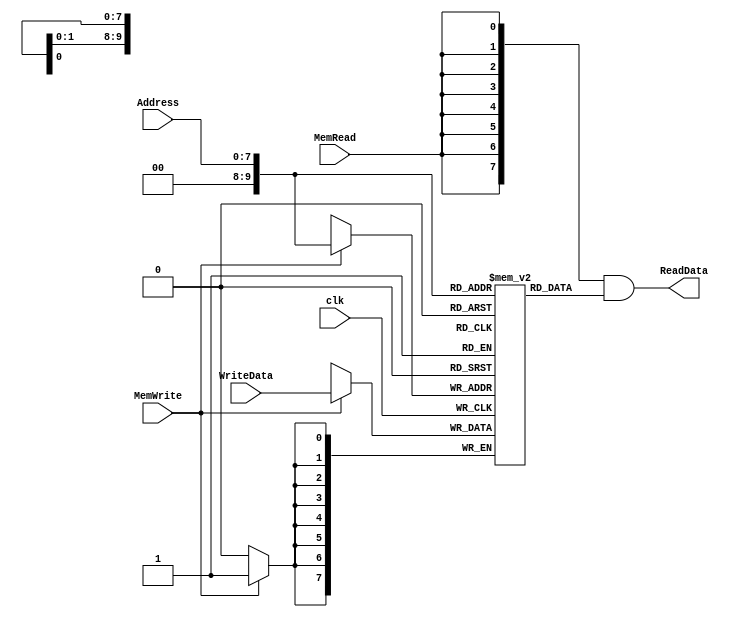
/******************************************************************
* Description
*	This is the data memory for the MIPS processor
*	1.0
* Author:
*	Dr. Jos Luis Pizano Escalante
* email:
*	luispizano@iteso.mx
* Date:
*	01/03/2014
******************************************************************/

module DataMemory 
#(	parameter DATA_WIDTH=8,
	parameter MEMORY_DEPTH = 1024 //debera ser 256 porque con...
											// 8 lineas de direccin no podra llegar
)											// a todas las 1024 localidades declaradas
(
	input [DATA_WIDTH-1:0] WriteData,
	input [DATA_WIDTH-1:0]  Address,
	input MemWrite,MemRead, clk,
	output  [DATA_WIDTH-1:0]  ReadData
);
//	
	// Declare the RAM variable
	reg [DATA_WIDTH-1:0] ram[MEMORY_DEPTH-1:0];
	wire [DATA_WIDTH-1:0] ReadDataAux;

	always @ (posedge clk)
	begin
		// Write
		if (MemWrite)
			ram[Address] <= WriteData;
	end
	assign ReadDataAux = ram[Address];
  	assign ReadData = {DATA_WIDTH{MemRead}}& ReadDataAux;

endmodule
//datamemory